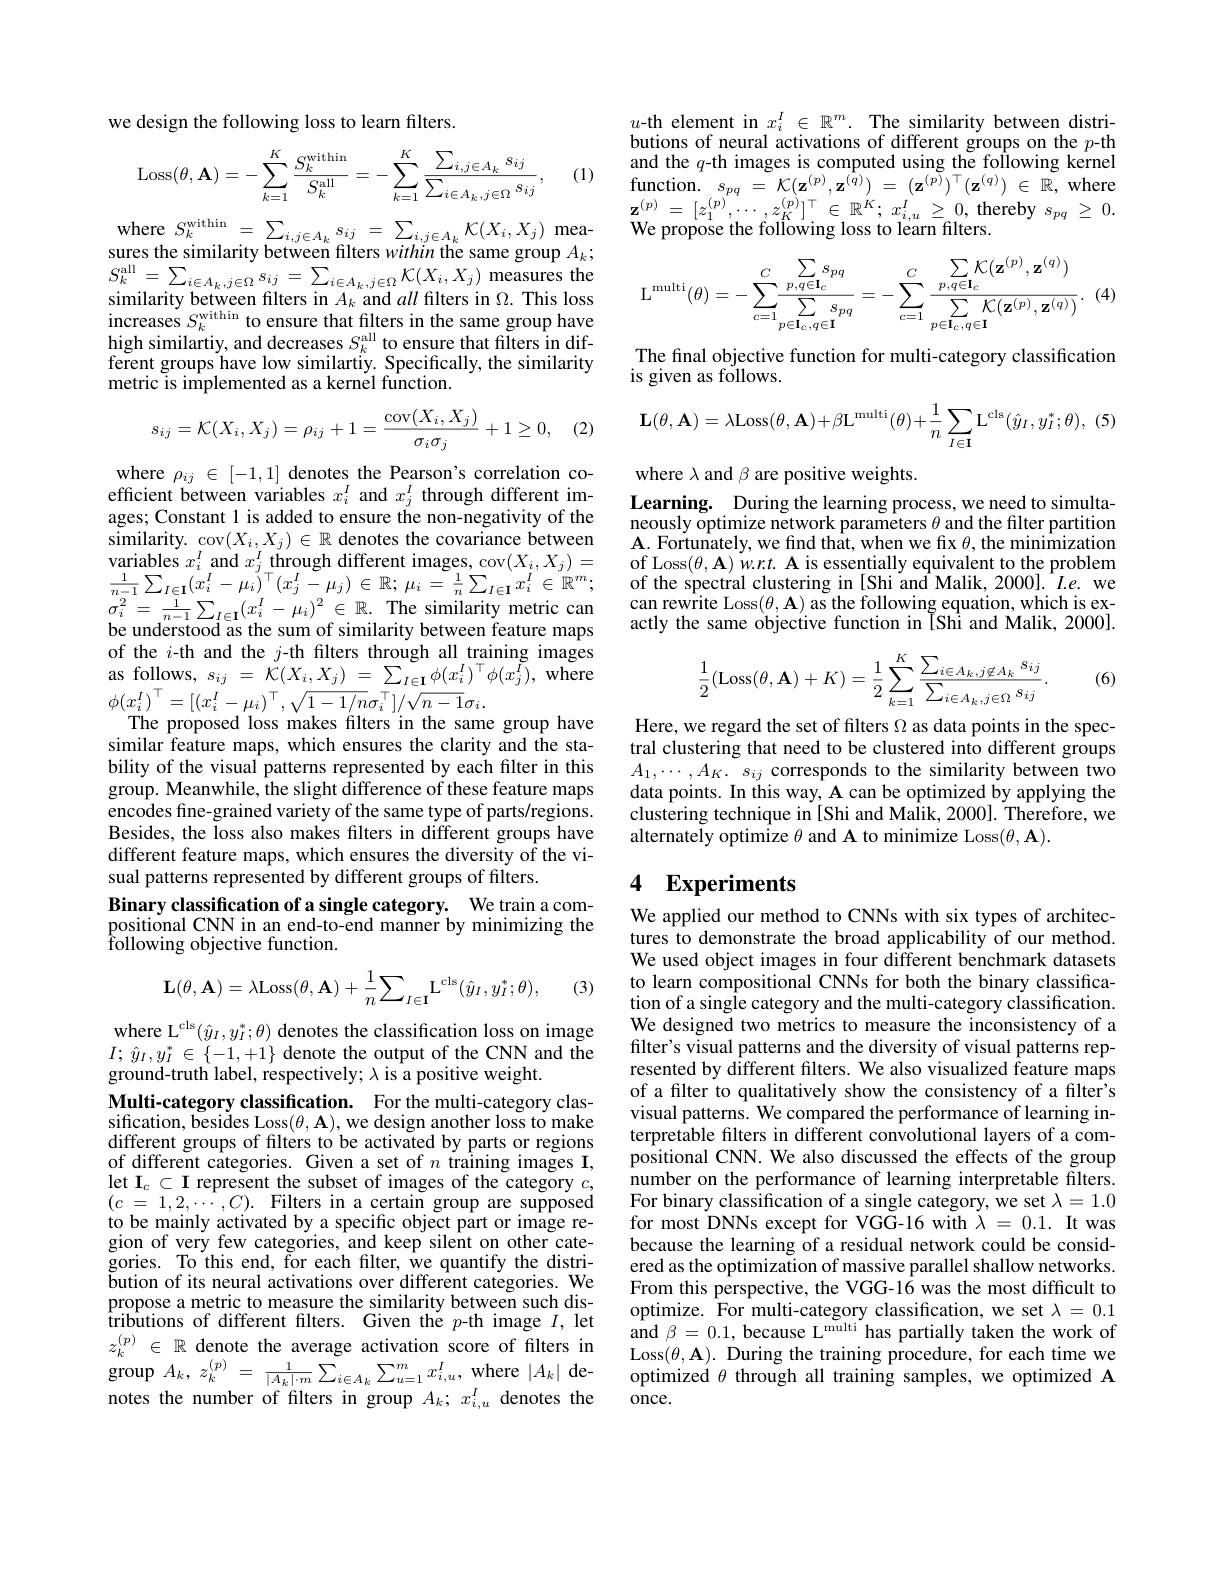
we design the following loss to learn filters.

$\begin{array}{rl}{\mathrm{and~the~}q\text{-th images is computed using the following kernel}}\\{\mathrm{function.~}s_{pq}=~\mathcal{K}(\mathbf{z}^{(p)},\mathbf{z}^{(q)})~=~(\mathbf{z}^{(p)})^{\top}(\mathbf{z}^{(q)})~\in~\mathbb{R},~\mathrm{where}}\end{array}$
$$\mathrm{Loss}(\theta,\mathbf{A})=-\sum_{k=1}^{K}\frac{S_{k}^{\mathrm{within}}}{S_{k}^{\mathrm{all}}}=-\sum_{k=1}^{K}\frac{\sum_{i,j\in A_{k}}s_{ij}}{\sum_{i\in A_{k},j\in\Omega}s_{ij}},$$
$\begin{array}{l}\text{similarity between filters in }A_k\text{ and }all\text{ filters in }\Omega.\text{ This loss}\\\text{increases }S_k^{\mathrm{within}}\text{ to ensure that filters in the same group have}\end{array}$ $\begin{array}{l}{\text{high similartiy, and decreases }S_{k}^{\mathrm{all}}\text{ to ensure that filters in dif-}}\\{\text{ferent groups have low similartiy. Specifically, the similarity}}\end{array}$ metric is implemented as a kernel function.
$$s_{ij}=\mathcal{K}(X_i,X_j)=\rho_{ij}+1=\frac{\operatorname{cov}(X_i,X_j)}{\sigma_i\sigma_j}+1\geq0,$$
(2)

where $\rho_{ij}\in[-1,1]$ denotes the Pearson's correlation coefficient between variables $x_i^I$ and $x_j^I$ through different images; Constant 1 is added to ensure the non-negativity of the similarity. cov$(X_i,X_j)\in\mathbb{R}$ denotes the covariance between $\sigma_{i}^{2}=\frac{1}{n-1}\sum_{I\in\mathbf{I}}(x_{i}^{I}-\mu_{i})^{2}\in\mathbb{R}.$The similarity metric can be understood as the sum of similarity between feature maps of the $i$-th and the $j$-th filters through all training images as follows, $s_{ij}$ = $\ddot{\mathcal{K} } ( X_{i}, X_{j})$ = $\sum _{I\in \mathbf{I} }\phi ( x_{i}^{I}) ^{\top }\phi ( x_{j}^{\tilde{I} }) $, where $\phi(x_{i}^{I})^{\top}=[(x_{i}^{I}-\mu_{i})^{\top},\sqrt{1-1/n}\sigma_{i}^{\top}]/\sqrt{n-1}\sigma_{i}.$
The proposed loss makes filters in the same group have similar feature maps, which ensures the clarity and the stability of the visual patterns represented by each filter in this group. Meanwhile, the slight difference of these feature maps encodes fine-grained variety of the same type of parts/regions. Besides, the loss also makes filters in different groups have different feature maps, which ensures the diversity of the visual patterns represented by different groups of filters.
Binary classification of a single category. We train a compositional CNN in an end-to-end manner by minimizing the ${\hat{\text{following objective function}}}.$

(3)
$$\mathbf{L}(\theta,\mathbf{A})=\lambda\mathrm{Loss}(\theta,\mathbf{A})+\frac{1}{n}\sum_{I\in\mathbf{I}}\mathrm{L}^{\mathrm{cls}}(\hat{y}_{I},y_{I}^{*};\theta),$$
where L$^\mathrm{cls}(\hat{y}_I,y_I^*;\theta)$ denotes the classification loss on image $I;\hat{y}_{I},y_{I}^{*}\in\{-1,+1\}$ denote the output of the CNN and the ground-truth label, respectively; $\lambda$ is a positive weight.
Multi-category classification. For the multi-category classification, besides Loss$(\theta,\mathbf{A})$,we design another loss to make different groups of filters to be activated by parts or regions of different categories. Given a set of $n$ training images I, let $\mathbf{I}_c\subset\mathbf{I}$ represent the subset of images of the category $c$, $( c$ = $1, 2, \cdots$ $, C) .$ Filters in a certain group are supposed to be mainly activated by a specific object part or image region of very few categories, and keep silent on other categories. To this end, for each filter, we quantify the distribution of its neural activations over different categories. We propose a metric to measure the similarity between such dis- $\operatorname* { group} A_{k}, z_{k}^{( p) }$ = $\frac 1{| A_{k}| \cdot m}\sum _{i\in A_{k}}\sum _{u= 1}^{m}x_{i, u}^{I}$,where$\left|A_{k}\right|$denotes the number of filters in group $A_k;x_{i,u}^I$ denotes the

$u$-th element in $x_i^I\in\mathbb{R}^m.$ The similarity between distributions of neural activations of different groups on the $p$-th
$$\mathrm{L}^{\mathrm{multi}}(\theta)=-\sum_{c=1}^{C}\frac{\sum_{p,q\in\mathbf{I}_{c}}s_{pq}}{\sum_{p\in\mathbf{I}_{c},q\in\mathbf{I}}s_{pq}}=-\sum_{c=1}^{C}\frac{\sum_{p,q\in\mathbf{I}_{c}}\mathcal{K}(\mathbf{z}^{(p)},\mathbf{z}^{(q)})}{\sum_{p\in\mathbf{I}_{c},q\in\mathbf{I}}\mathcal{K}(\mathbf{z}^{(p)},\mathbf{z}^{(q)})}.$$
The final objective function for multi-category classification
is given as follows.
$$\mathbf{L}(\theta,\mathbf{A})=\lambda\mathrm{Loss}(\theta,\mathbf{A})+\beta\mathrm{L}^{\mathrm{multi}}(\theta)+\frac{1}{n}\sum_{I\in\mathbf{I}}\mathrm{L}^{\mathrm{cls}}(\hat{y}_{I},y_{I}^{*};\theta),\:(5$$
where $\lambda$ and $\beta$ are positive weights.

Learning. During the learning process, we need to simultaneously optimize network parameters $\theta$ and the filter partition $\mathbf{A} .$ Fortunately, we find that, when we fix $\theta $,the minimization
variables $x_i^I$ and $x_j^I$ through different images, cov$( X_i, X_j) =$ of Loss$( \theta , \mathbf{A} ) w. r. \textbf{、 Ais essentially equivalent to the problem}{\frac 1{n- 1}\sum _{I\in I}( x_i^I- \mu _i) ^\top ( x_j^I- \mu _j) \in \mathbb{R} ; \mu _i= \frac 1n\sum _{I\in \Gamma }x_i^I\in \mathbb{R} ^m; \:\mathrm{of~the~spectral~clustering~in~[ Shi~and~Malik, }}$
can rewrite Loss$(\theta,\mathbf{A})$ as the following equation, which is exactly the same objective function in IShî and Malik, 2000]

(6)
$$\dfrac{1}{2}(\mathrm{Loss}(\theta,\mathbf{A})+K)=\dfrac{1}{2}\sum_{k=1}^{K}\dfrac{\sum_{i\in A_k,j\not\in A_k}s_{ij}}{\sum_{i\in A_k,j\in\Omega}s_{ij}}.$$
Here, we regard the set of filters $\Omega$ as data points in the spectral clustering that need to be clustered into different groups $A_{1},\cdots,A_{K}.$ $s_ij$ corresponds to the similarity between two data points. In this way, A can be optimized by applying the clustering technique in[Shi and Malik, 2000]. Therefore, we alternately optimize $\theta$ and A to minimize Loss$(\theta,\mathbf{A}).$

# 4 Experiments

We applied our method to CNNs with six types of architectures to demonstrate the broad applicability of our method. We used object images in four different benchmark datasets to learn compositional CNNs for both the binary classification of a single category and the multi-category classification. We designed two metrics to measure the inconsistency of a filter's visual patterns and the diversity of visual patterns represented by different filters. We also visualized feature maps of a filter to qualitatively show the consistency of a filter's visual patterns. We compared the performance of learning interpretable filters in different convolutional layers of a compositional CNN. We also discussed the effects of the group number on the performance of learning interpretable filters. For binary classification of a single category, we set $\lambda=1.0$ for most DNNs except for VGG-16 with $\lambda=0.1.$ It was because the learning of a residual network could be considered as the optimization of massive parallel shallow networks. From this perspective, the VGG-16 was the most difficult to optimize. For multi-category classification, we set $\lambda=0.1$
$\text{trib\^{u} tions of different flters. Given th\'{e} }p$- th image $I$, let Ophnize. Tol Inuli- Calegoly Casssilicallol, we set $\lambda = 0. 1$ $z_k^{( p) }\in \mathbb{R}$ denote the average activation score of filters in and $\beta = 0. 1, \text{because L}^{\text{multit has partially taken the}}$
Loss$(\theta,\mathbf{A}).$ During the training procedure, for each time we optimized $\theta$ through all training samples, we optimized A once.